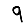
Digit: 9